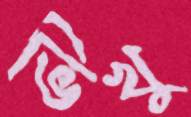
ভিখু